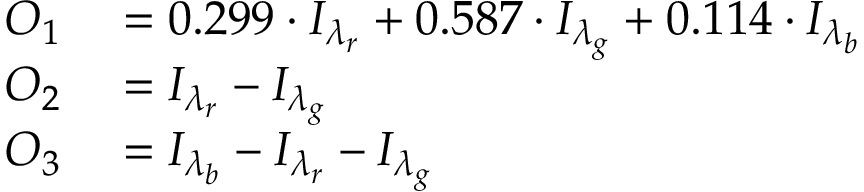
\begin{array} { r l } { O _ { 1 } } & { { } = 0 . 2 9 9 \cdot I _ { \lambda _ { r } } + 0 . 5 8 7 \cdot I _ { \lambda _ { g } } + 0 . 1 1 4 \cdot I _ { \lambda _ { b } } } \\ { O _ { 2 } } & { { } = I _ { \lambda _ { r } } - I _ { \lambda _ { g } } } \\ { O _ { 3 } } & { { } = I _ { \lambda _ { b } } - I _ { \lambda _ { r } } - I _ { \lambda _ { g } } } \end{array}